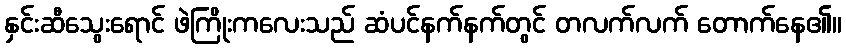
နှင်းဆီသွေးရောင် ဖဲကြိုးကလေးသည် ဆံပင်နက်နက်တွင် တလက်လက် တောက်နေ၏။